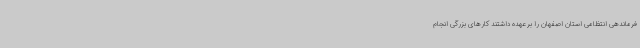
فرماندهی انتظامی استان اصفهان را بر عهده داشتند کارهای بزرگی انجام